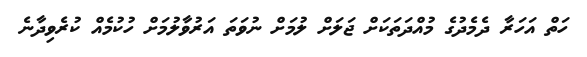
ހަތް އަހަރާ ދެމެދުގެ މުއްދަތަކަށް ޖަލަށް ލުމަށް ނުވަތަ އަރުވާލުމަށް ހުކުމެއް ކުރެވިދާނެ